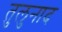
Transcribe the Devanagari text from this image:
तुलुनाद